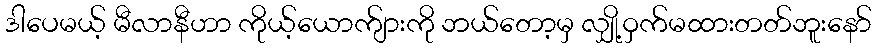
ဒါပေမယ့် မီလာနီဟာ ကိုယ့်ယောက်ျားကို ဘယ်တော့မှ လျှို့ဝှက်မထားတတ်ဘူးနော်